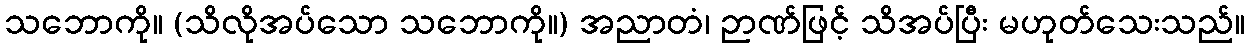
သဘောကို။ (သိလိုအပ်သော သဘောကို။) အညာတံ၊ ဉာဏ်ဖြင့် သိအပ်ပြီး မဟုတ်သေးသည်။